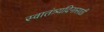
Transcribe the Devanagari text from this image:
स्वातंत्र्यदिनासाठी